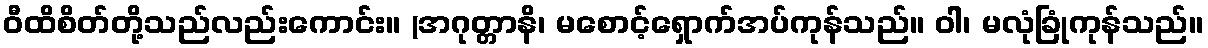
ဝီထိစိတ်တို့သည်လည်းကောင်း။ (အဂုတ္တာနိ၊ မစောင့်ရှောက်အပ်ကုန်သည်။ ဝါ၊ မလုံခြုံကုန်သည်။